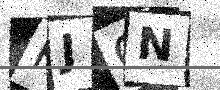
Text: HJGN